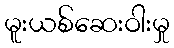
မူးယစ်ဆေးဝါးမှု